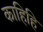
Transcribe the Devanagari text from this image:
काहिहि